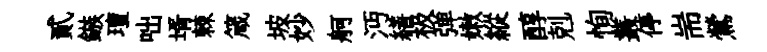
貳鏃璮咄壻棘箴坡妙舸沔繕极弹嫩縱醇剋恂叢停耑鶯